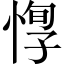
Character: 惸